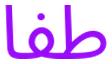
طفا